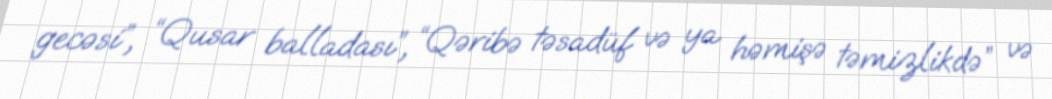
gecəsi”, “Qusar balladası”, “Qəribə təsadüf və ya həmişə təmizlikdə” və